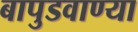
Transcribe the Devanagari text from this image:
बापुडवाण्या